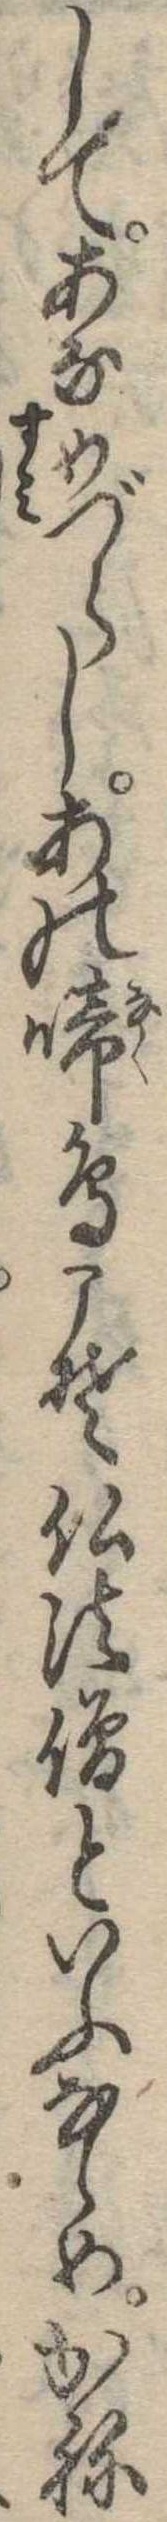
してあなめづらしあの啼鳥こそ仏法僧といふならめかね